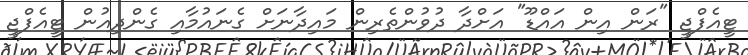
ޓީއެފްޖީ "ރަން އިން އައްޑޫ" އަށްދާ ދުވުންތެރިން މައިދާނަށް ގެނައުމާއި ގެންދިއުން ޓީއެފްޖީ